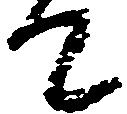
て